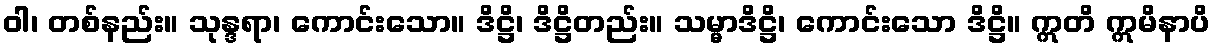
ဝါ၊ တစ်နည်း။ သုန္ဒရာ၊ ကောင်းသော။ ဒိဋ္ဌိ၊ ဒိဋ္ဌိတည်း။ သမ္မာဒိဋ္ဌိ၊ ကောင်းသော ဒိဋ္ဌိ။ ဣတိ ဣမိနာပိ